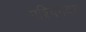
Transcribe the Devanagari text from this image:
पश्चिमदत्त